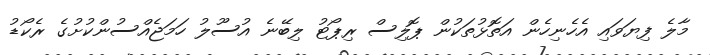
މާލެ ފިޔަވައި އެހެނިހެން އަތޮޅުތަކުން ޕޮލިސް ރިޕޯޓު ލިބޭނެ އުސޫލު ހަމަޖެއްސުންކުށުގެ ރެކޯޑު